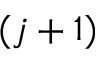
( j + 1 )